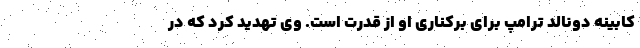
کابینه دونالد ترامپ برای برکناری او از قدرت است. وی تهدید کرد که در